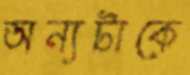
অন্যটাকে